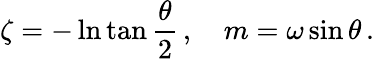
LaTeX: \zeta=-\ln\tan\frac{\theta}{2}\, ,\quad m=\omega\sin\theta\, .